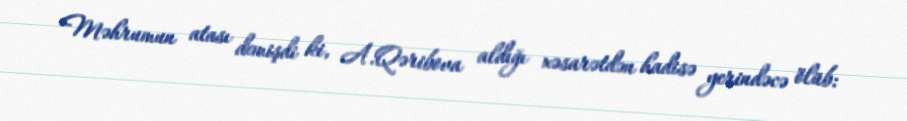
Məhrumun atası demişdi ki, A.Qəribova aldığı xəsarətdən hadisə yerindəcə ölüb: